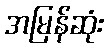
အမြန်ဆုံး